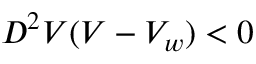
D ^ { 2 } V ( V - V _ { w } ) < 0